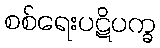
စစ်ရေးပဋိပက္ခ